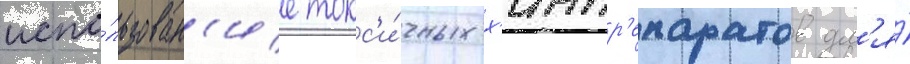
испо́льзован'ие токс'и́чных х'импр'епаратов дл'я́